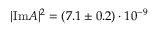
| \mathrm { I m } A | ^ { 2 } = ( 7 . 1 \pm 0 . 2 ) \cdot 1 0 ^ { - 9 }